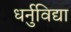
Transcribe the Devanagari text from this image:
धर्नुविद्या